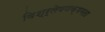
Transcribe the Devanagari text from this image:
विश्र्लेषणक्षमता